Annual administration report of the Civil Veterinary Department of India - 1898-1899
Year: 1898
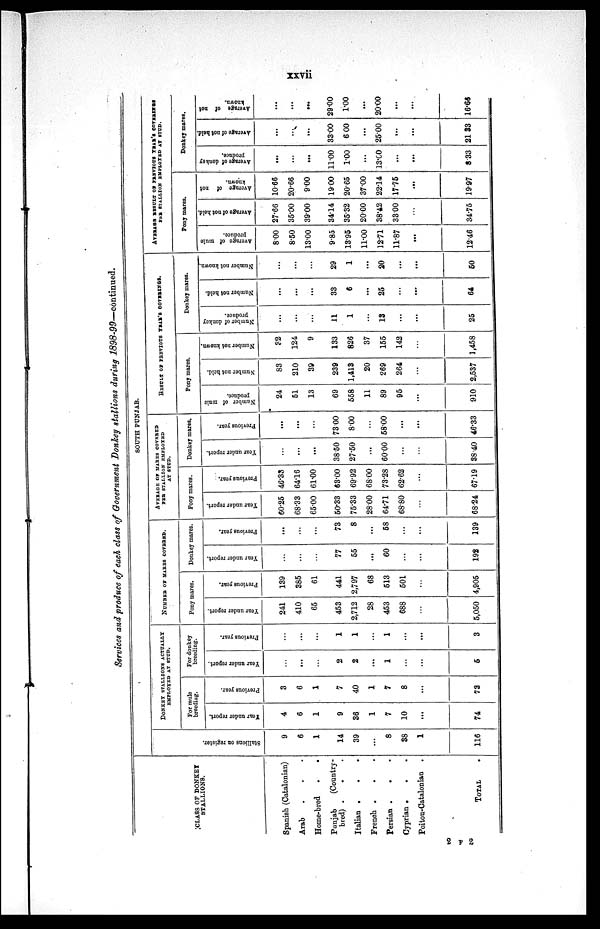
xxvii
Services and produce of each class of Government Donkey stallions during 1898-99—continued.
CLASS OF DONKEY
STALLIONS.
Spanish (Catalonian)
Arab . . .
Home-bred
.
.
Punjab
(Country-
bred) . . .
Italian .
.
.
French . . .
Persian . . .
Cyprian . . .
Poitou-Catalonian .
TOTAL .
SOUTH PUNJAB.
Stallions on register.
9
6
1
14
39
...
8
38
1
116
DONKEY STALLIONS ACTUALLY
EMPLOYED AT STUD.
For mule
breeding.
Year
under report.
4
6
1
9
36
1
7
10
...
74
Previous year.
3
6
1
7
40
1
7
8
...
73
For donkey
breeding.
Year under report.
...
...
...
2
2
...
1
...
...
5
Previous year.
...
...
...
1
1
...
1
...
...
3
NUMBER OF MARES COVERED.
Pony mares.
Year under report.
241
410
65
453
2,712
28
453
688
...
5,050
Previous year.
139
385
61
441
2,797
68
513
501
...
4,905
Donkey mares.
Year under report.
...
...
...
77
55
...
60
...
...
192
Previous year.
...
...
...
73
8
...
58
...
...
139
AVERAGE OF MARES COVERED
PER STALLION EMPLOYED
AT STUD.
Pony mares.
Year under report.
60.25
68.33
65.00
50.33
75.33
28.00
64.71
68.80
...
68.24
Previous year.
46.33
64.16
61.00
63.00
69.92
68.00
73.28
62.62
...
67.19
Donkey mares.
Year under report.
...
...
...
38.50
27.50
...
60.00
...
...
38.40
Previous year.
...
...
...
73.00
8.00
...
58.00
...
...
46.33
RESULT OF PREVIOUS YEAR'S COVERINGS.
Pony mares.
Number of mule
produce.
24
51
13
69
558
11
89
95
...
910
Number not held.
83
210
39
239
1,413
20
269
264
...
2,537
Number not known.
32
124
9
133
826
37
155
142
...
1,458
Donkey mares.
Number of donkey
produce.
...
...
...
11
1
...
13
...
...
25
Number not held.
...
...
...
33
6
...
25
...
...
64
Number not known.
...
...
...
29
1
...
20
...
...
50
AVERAGE RESULT OF PREVIOUS YEAR'S COVERINGS
PER STALLION EMPLOYED AT STUD.
Pony mares.
Average of mule
produce.
8.00
8.50
13.00
9.85
13.95
11.00
12.71
11.87
...
12.46
Average of not hold.
27.66
35.00
39.00
34.14
35.32
20.00
38.42
33.00
...
34.75
Average of not
known.
10.66
20.66
9.00
19.00
20.65
37.00
22.14
17.75
...
19.97
Donkey mares.
Average of donkey
produce.
...
...
...
11.00
1.00
...
13.00
...
...
8.33
Average of not held.
...
...
...
33.00
6.00
...
25.00
...
...
21.33
Average of not
known.
...
...
...
29.00
1.00
...
20.00
...
...
16.65
2 F 2